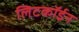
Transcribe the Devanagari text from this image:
लिटकॉईन